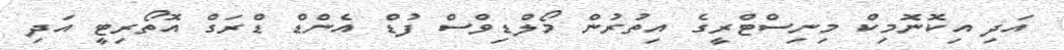
އަދި އިކޮނޮމިކް މިނިސްޓްރީގެ އިތުރުން މޯލްޑިވްސް ފުޑް އެންޑް ޑްރަގް އޮތޯރިޓީ އަދި